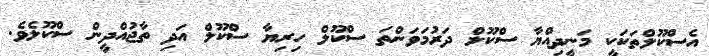
އެސްކޫލްތަކަކީ މަނީދިއްޔާ ސްކޫލް ދަރުމަވަންތަ ސްކޫލް ހިރިޔާ ސްކޫލް އަދި ތާޖުއްދީން ސްކޫލެވެ.